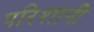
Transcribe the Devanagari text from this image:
परिशानी